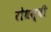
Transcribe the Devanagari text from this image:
रोधस्वी